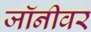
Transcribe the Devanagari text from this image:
जॉनीवर